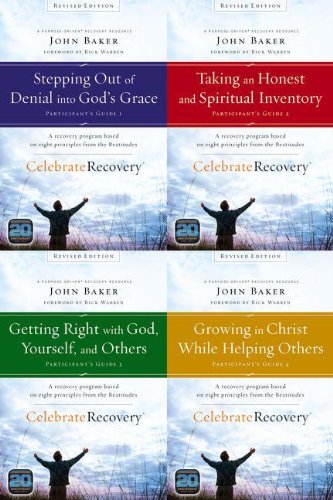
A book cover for Celebrate Recovery Revised Edition Participant's Guide Set: A Program for Implementing a Christ-centered Recovery Ministry in Your Church; John Baker; Christian Books & Bibles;